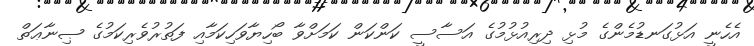
އެހެނީ އަޅުގަނޑުމެންގެ މުޅި ދިރިއުޅުމުގެ އަސާސީ ކަންކަން ކަމަށްވާ ބޯހިޔާވަހިކަމާއި ފަތުރުވެރިކަމުގެ ޞިނާޢަތް